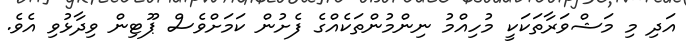
އަދި މި މަޝްވަރާތަކަކީ މުހިއްމު ނިންމުންތަކެއްްގެ ފެށުން ކަމަށްވެސް ޕޫޓިން ވިދާޅުވި އެވެ.